Report on vaccination in Madras 1922-1929 - 1922-1929
Year: 1922
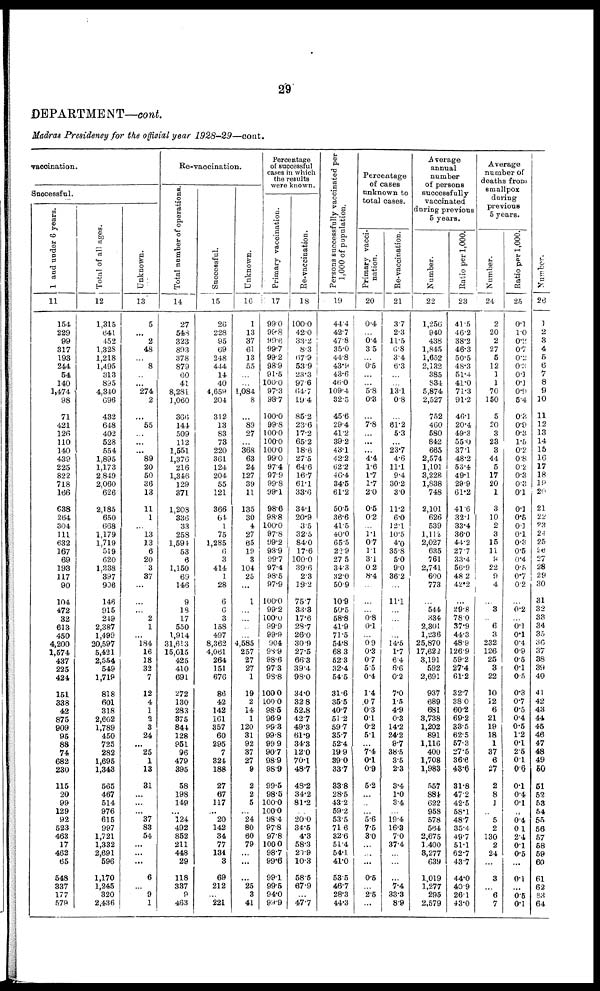
29
DEPARTMENT—cont.
Madras Presidency for the official year
1928-29—cont.
vaccination.
Successful.
1 and under 6 years.
11
154
229
99
317
193
244
54
140
1,474
98
71
421
126
110
140
439
225
822
718
166
638
264
304
111
632
167
69
193
117
90
104
472
32
613
450
4,200
1,574
437
225
424
151
338
42
875
909
95
88
74
682
230
115
20
99
129
92
523
463
17
462
65
548
337
177
579
Total of all ages.
12
1,315
641
452
1,328
1,218
1,495
313
895
4,340
696
432
648
402
528
554
1,895
1,173
2,849
2,060
626
2,185
650
668
1,179
1,719
519
620
1,238
397
906
146
915
249
2,387
1,499
20,597
5,421
2,554
549
1,719
818
601
318
2,602
1,789
450
725
282
1,695
1,343
565
467
514
976
615
997
1,721
1,332
2,691
596
1,170
1,245
320
2,436
Unknown.
13
5
...
2
48
...
8
...
...
274
2
...
55
...
...
...
89
20
50
36
13
11
1
...
13
13
6
20
3
37
...
...
...
2
1
...
184
16
18
32
7
12
4
1
2
3
24
...
25
1
13
31
...
...
...
37
83
54
...
...
...
6
...
9
1
Re-vaccination.
Total number of operations.
14
27
548
323
893
378
879
60
41
8,281
1,060
366
144
509
112
1,551
1,376
216
1,346
129
371
1,208
336
33
258
1,594
53
6
1,150
69
146
9
18
17
550
1,914
31,613
15,015
425
410
691
272
130
283
375
844
128
951
96
479
395
58
198
149
...
124
492
852
211
448
29
118
337
9
463
Successful.
15
26
228
95
69
248
444
14
40
4,659
204
312
13
83
73
220
361
124
204
55
121
366
64
1
75
1,285
6
3
414
1
28
6
6
3
158
497
8,362
4,061
264
151
676
86
42
142
161
357
60
295
7
324
188
27
67
117
...
20
142
34
77
131
3
69
212
...
221
Unknown.
16
1
13
37
61
13
55
...
...
1,084
8
...
89
27
...
368
63
24
127
39
11
135
30
4
27
65
19
3
104
25
...
1
...
...
...
...
4,585
257
27
27
1
19
2
14
1
120
31
92
37
27
9
2
2
5
...
24
80
60
79
...
...
...
25
3
41
Percentage
of successful
cases in which
the results
were known.
Primary vaccination.
17
99.0
99.8
99.6
99.7
99.2
98.9
91.5
100.0
97.3
98.7
100.0
99.8
100.0
100.0
100.0
99.0
97.4
97.9
99.8
99.1
98.6
98.8
100.0
97.8
99.2
98.9
99.7
97.4
98.5
97.9
100.0
99.2
100.0
99.9
99.9
90.4
98.9
98.6
97.3
98.8
100.0
100.0
98.5
96.9
99.3
99.8
99.9
90.7
98.9
98.9
99.5
98.5
100.0
100.0
98.4
97.8
97.8
100.0
98.7
99.6
99.1
99.5
94.0
99.9
Re-vaccination.
18
100.0
42.0
33.2
8.3
67.9
53.9
23.3
97.6
64.7
19.4
85.2
23.6
17.2
65.2
18.6
27.5
64.6
16.7
61.1
33.6
34.1
20.9
3.5
32.5
84.0
17.6
100.0
39.6
2.3
19.2
75.7
33.3
17.6
28.7
26.0
30.9
27.5
66.3
39.4
98.0
34.0
32.8
52.8
42.
49.3
61.9
34.3
12.0
70.1
48.7
48.2
34.2
81.2
...
20.0
34.5
4.3
58.3
20.9
10.3
58.5
67.9
...
47.7
Persons successfully vaccinated per
1,000 of population.
19
44.4
42.7
47.8
35.0
44.8
43.9
43.6
46.0
109.4
32.5
45.6
29.4
41.2
39.2
43.1
42.2
62.2
46.4
34.5
61.2
50.5
36.6
41.5
40.0
65.5
22.9
27.5
34.3
32.0
50.9
10.9
50.5
58.8
41.9
71.5
54.8
68.3
52.3
32.4
54.5
31.6
35.5
40.7
51.2
59.7
35.7
52.4
19.9
39.0
33.7
33.8
28.5
43.2
59.2
53.5
71.6
32.6
51.4
64.1
41.0
53.5
46.7
28.3
44.3
Percentage
of cases
unknown to
total cases.
Primary vacci¬
nation.
20
0.4
...
0.4
3.5
...
0.5
...
...
5.8
0.3
...
7.8
...
...
...
4.4
1.6
1.7
1.7
2.0
0.5
0.2
...
1.1
0.7
1.1
3.1
0.2
8.4
...
...
...
0.8
0.1
...
0.9
0.3
0.7
5.5
0.4
1.4
0.7
0.3
0.1
0.2
5.1
...
7.4
0.1
0.9
5.2
...
...
...
5.6
7.5
3.0
...
...
...
0.5
...
2.5
...
Re-vaccination.
21
3.7
2.3
11.5
6.8
3.4
6.3
...
...
13.1
0.8
...
61.2
5.3
23.7
4.6
11.1
9.4
30.2
3.0
11.2
6.0
12.1
10.5
4.0
35.8
5.0
9.0
36.2
...
11.1
...
...
...
...
14.5
1.7
6.4
6.6
0.2
7.0
1.5
4.9
0.3
14.2
24.2
9.7
38.5
3.5
2.3
3.4
1.0
3.4
...
19.4
16.3
7.0
37.4
...
...
...
7.4
33.3
8.9
Average
annual
number
of persons
successfully
vaccinated
during previous
5 years.
Number.
22
1,256
940
438
1,845
1,652
2,132
385
834
5,874
2,527
752
460
580
842
665
2,574
1,101
3,228
1,838
748
2,101
626
539
1,112
2,027
635
761
2,741
600
773
...
544
334
2,301
1,236
25,870
17,622
3,191
592
2,691
937
689
681
3,738
1,202
891
1,116
400
1,708
1,983
557
884
622
958
578
564
2,675
1,400
3,277
639
1,019
1,277
295
2,579
Ratio per 1,000.
23
41.5
46.2
38.2
46.3
50.5
48.3
51.4
41.0
71.3
91.2
46.1
20.4
49.3
55.0
37.1
48.2
53.4
49.1
29.9
61.2
41.6
32.1
33.4
36.0
44.2
27.7
33.4
56.9
48. 2
42.2
...
29.8
78.0
37.9
44.3
48.9
126.9
59.2
27.l4
61.2
32.7
38.0
60.2
69.2
33.5
62.5
57.3
27.5
36.6
43.6
31.8
47.2
42.5
58.1
48.7
35.4
49.7
51.1
62.7
43.7
44.0
40.9
26.1
43.0
Average
number of
deaths from
smallpox
during
previous
5 years.
Number.
24
2
20
2
27
5
12
1
1
70
150
5
20
3
23
3
44
5
17
20
1
3
10
2
3
15
11
8
22
9
4
...
3
...
6
3
232
126
25
3
22
10
12
6
21
19
18
1
37
6
27
2
8
1
...
5
2
130
2
24
...
3
...
6
7
Ratio per 1,000.
25
0.1
1.0
0.2
0.7
0.2
0.3
0.1
0.1
0.9
5.4
0.3
0.9
0.3
1.5
0.2
0.8
0.2
0.3
0.3
0.1
0.1
0.5
0.1
0.1
0.3
0.5
0.4
0.5
0.7
0.2
...
0.2
...
0.1
0.1
0.4
0.9
0.5
0.1
0.5
0.3
0.7
0.5
0.4
0.5
1.2
0.1
2.5
0.1
0.6
0.1
0.4
0.1
...
0.4
0.1
2.4
0.1
0.5
...
0.1
...
0.5
0.1
Number
26
1
2
3
4
5
6
7
8
9
10
11
12
13
14
15
16
17
18
19
20
21
22
23
24
25
26
27
28
29
30
31
32
33
34
35
36
37
38
39
40
41
42
43
44
45
46
47
48
49
50
51
52
53
54
55
56
57
58
59
60
61
62
63
64